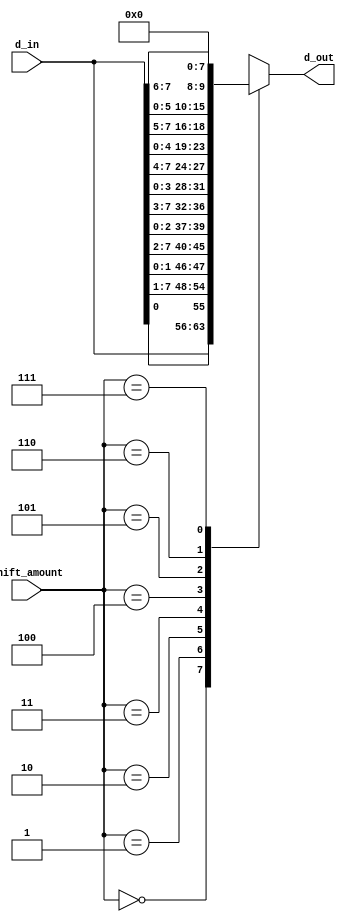
`timescale 1ns / 1ps
//////////////////////////////////////////////////////////////////////////////////
// Company: 
// Engineer: 
// 
// Design Name: 
// Module Name:    right_barrel_shifter 
// Project Name: 
// Target Devices: 
// Tool versions: 
// Description: 
//
// Dependencies: 
//
// Revision: 
// Revision 0.01 - File Created
// Additional Comments: 
//
//////////////////////////////////////////////////////////////////////////////////
module right_barrel_shifter(
	input [7:0] d_in,
	input [2:0] shift_amount,
	output reg [7:0] d_out
);

//Examples:
// 0 no change
// 1 : in: 10000000 out: 01000000
// 2 : in: 10000000 out: 00100000
// 3 : in: 10000000 out: 00010000

always @* begin
	case (shift_amount)
		0 : d_out = d_in;
		1 : d_out = {d_in[0], d_in[7:1]}; //done
		2 : d_out = {d_in[1:0], d_in[7:2]};
		3 : d_out = {d_in[2:0], d_in[7:3]};
		4 : d_out = {d_in[3:0], d_in[7:4]};
		5 : d_out = {d_in[4:0], d_in[7:5]};
		6 : d_out = {d_in[5:0], d_in[7:6]};
		7 : d_out = 0;
	endcase
end 

endmodule